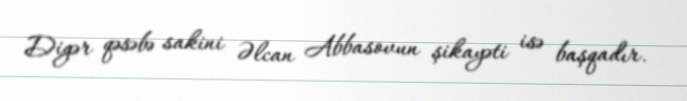
Digər qəsəbə sakini Əlcan Abbasovun şikayəti isə başqadır.